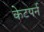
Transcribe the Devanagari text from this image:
केटपर्न